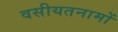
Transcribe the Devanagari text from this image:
वसीयतनामों